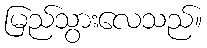
မြည်သွားလေသည်။